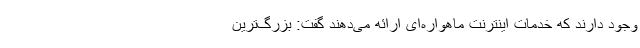
وجود دارند که خدمات اینترنت ماهواره‌ای ارائه می‌دهند گفت: بزرگ‌ترین